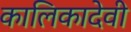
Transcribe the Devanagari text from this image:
कालिकादेवी